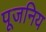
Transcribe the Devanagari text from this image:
पूजनिय